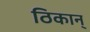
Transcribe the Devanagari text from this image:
ठिकान्